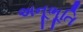
અનૂભૂતિ